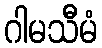
ဂါမသီမံ